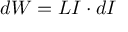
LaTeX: d W = L I \cdot d I